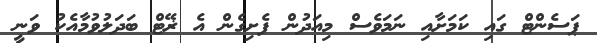
ޕަސެންޓް ގައި ކަމަށާއި ނަމަވެސް މިއަދުން ފެށިގެން އެ ޜޭޓް ބަދަލުވުމާއެކު ވަނީ